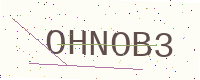
Text: OHNOB3